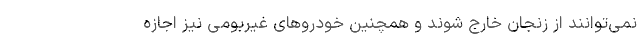
نمی‌توانند از زنجان خارج شوند و همچنین خودروهای غیربومی نیز اجازه